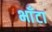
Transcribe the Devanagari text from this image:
भाँटा